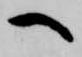
へ